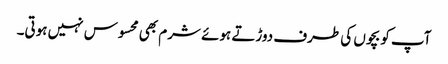
آپ کو بچوں کی طرف دوڑتے ہوئے شرم بھی محسوس نہیں ہوتی۔